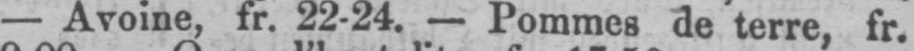
- Avoine, fr. 22-24. - Pommes de terre, fr.